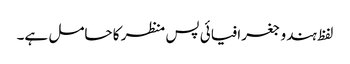
لفظ ہندو جغرافیائی پس منظر کا حامل ہے۔